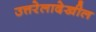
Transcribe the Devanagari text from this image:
उत्तरेलादेखील